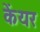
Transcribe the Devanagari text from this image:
केंयर